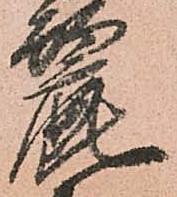
麗